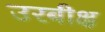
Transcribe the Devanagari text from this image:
उरबीक्ष